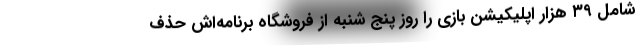
شامل ۳۹ هزار اپلیکیشن بازی را روز پنج شنبه از فروشگاه برنامه‌اش حذف